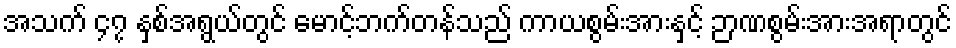
အသက် ၄၇ နှစ်အရွယ်တွင် မောင့်ဘက်တန်သည် ကာယစွမ်းအားနှင့် ဉာဏစွမ်းအားအရာတွင်